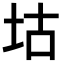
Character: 𡊜